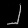
Digit: ၂